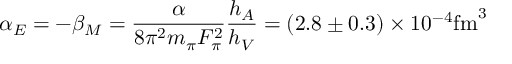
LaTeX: \alpha _ { E } = - \beta _ { M } = { \frac { \alpha } { 8 \pi ^ { 2 } m _ { \pi } F _ { \pi } ^ { 2 } } } { \frac { h _ { A } } { h _ { V } } } = ( 2 . 8 \pm 0 . 3 ) \times 1 0 ^ { - 4 } \mathrm { f m } ^ { 3 }